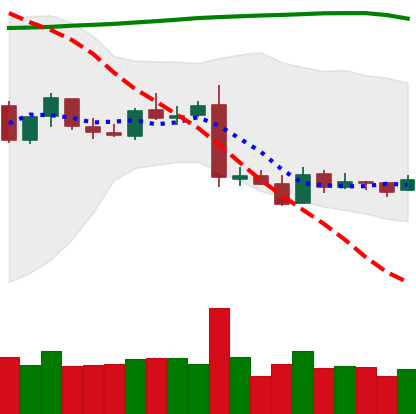
Ticker: XRP-USD
Chart end date: 2019-01-19
Forward return: -4.049%
Label: down_3_5